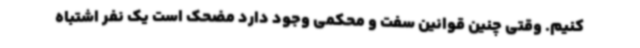
کنیم. وقتی چنین قوانین سفت و محکمی وجود دارد مضحک است یک نفر اشتباه